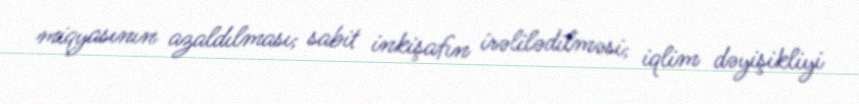
miqyasının azaldılması; sabit inkişafın irəlilədilməsi; iqlim dəyişikliyi